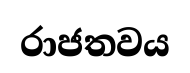
රාජතවය